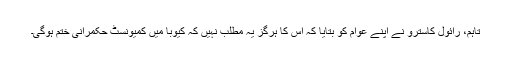
تاہم، رائول کاسترو نے اپنے عوام کو بتایا کہ اس کا ہرگز یہ مطلب نہیں کہ کیوبا میں کمیونسٹ حکمرانی ختم ہوگی۔